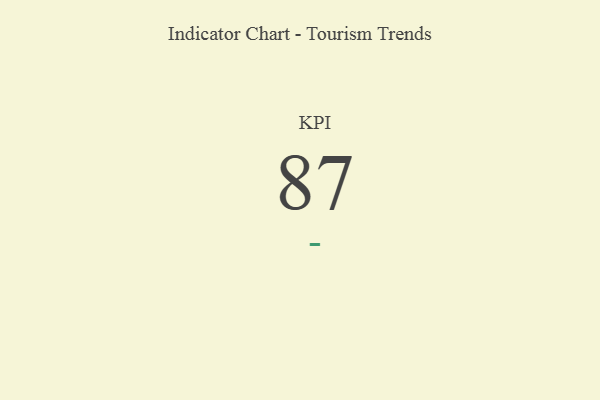
{"axis": {"x": "KPI", "y": "Value"}, "legend": [""], "data": [{"x": "KPI", "y": 87, "type": ""}]}